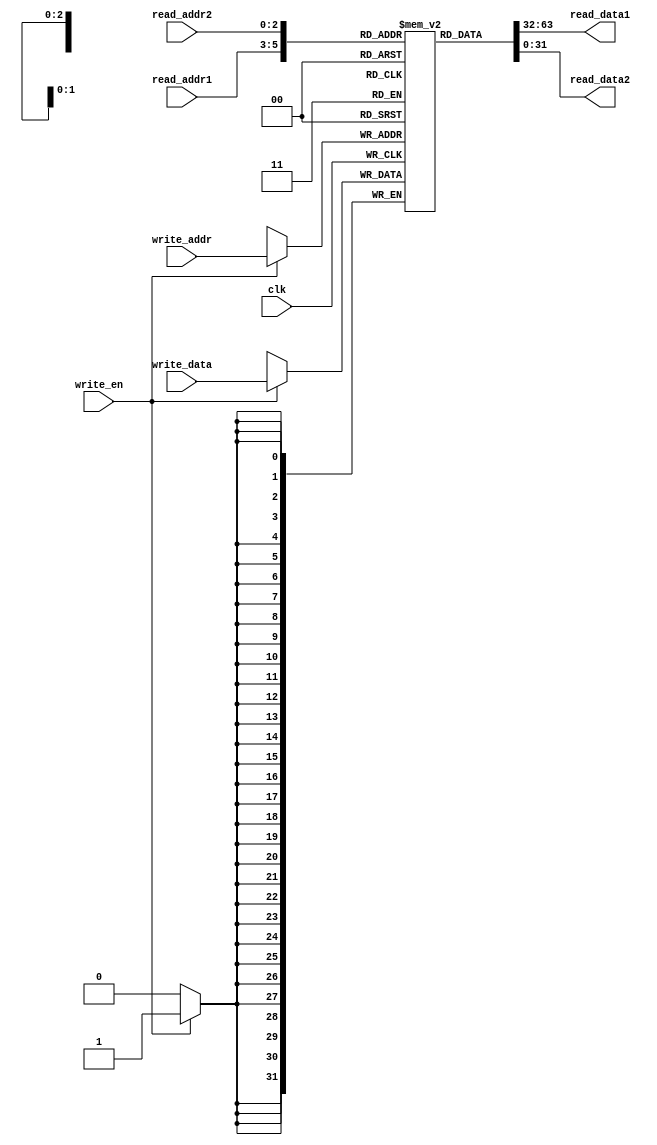
module RegFile #(
    parameter ADDR_BITS = 3
)
(
    input clk,
    input [(ADDR_BITS-1):0] read_addr1,
    input [(ADDR_BITS-1):0] read_addr2,
    input [(ADDR_BITS-1):0] write_addr,
    input write_en,
    input [31:0] write_data,
    output [31:0] read_data1,
    output [31:0] read_data2
);
    
    reg[31:0] regs[0:((1 << ADDR_BITS)-1)] /*verilator public*/;
    
    assign read_data1 = regs[read_addr1];
    assign read_data2 = regs[read_addr2];
        
    always @ (posedge clk)
    begin
        if (write_en)
            regs[write_addr] <= write_data;
    end

endmodule